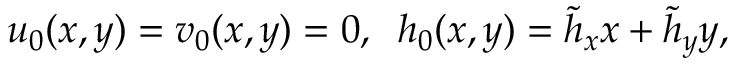
u _ { 0 } ( x , y ) = v _ { 0 } ( x , y ) = 0 , \; \; h _ { 0 } ( x , y ) = \tilde { h } _ { x } x + \tilde { h } _ { y } y ,